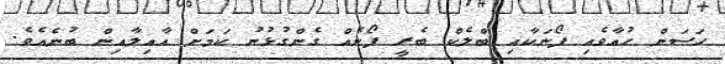
ހަސަން ހުއާވެއި ފޯނަކާއި ބްލެކް ބެރީ ފޯނެއް ގެންގުޅުނު ކަމަށް އާއިލާއިން ބުނެއެވެ.